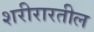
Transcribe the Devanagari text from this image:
शरीरारतील